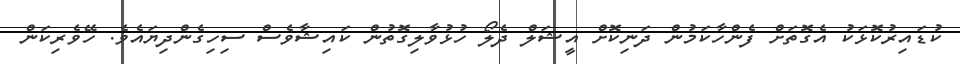
ކުޑައިރުކޮޅަކު އެގޮތަށް ފެންހާކަމުން ދަނިކޮށް އީޝަލް ދެލޯ ހުޅުވާލިގޮތުން ކައިޝާވެސް ސިހިގެންދިޔައެވެ. ހޭވެރިކަން